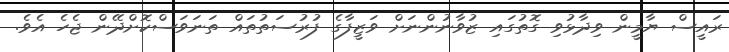
ރައީސް ޔާމީން ވިދާޅުވި ގޮތުގައި ޒުވާނުންނަށް ވަޒީފާގެ ފުރުސަތުތައް ތަނަވަސްކޮށްދޭން ޖެހެ އެވެ.